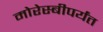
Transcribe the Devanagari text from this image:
मोरेस्बीपर्यंत